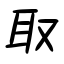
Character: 取